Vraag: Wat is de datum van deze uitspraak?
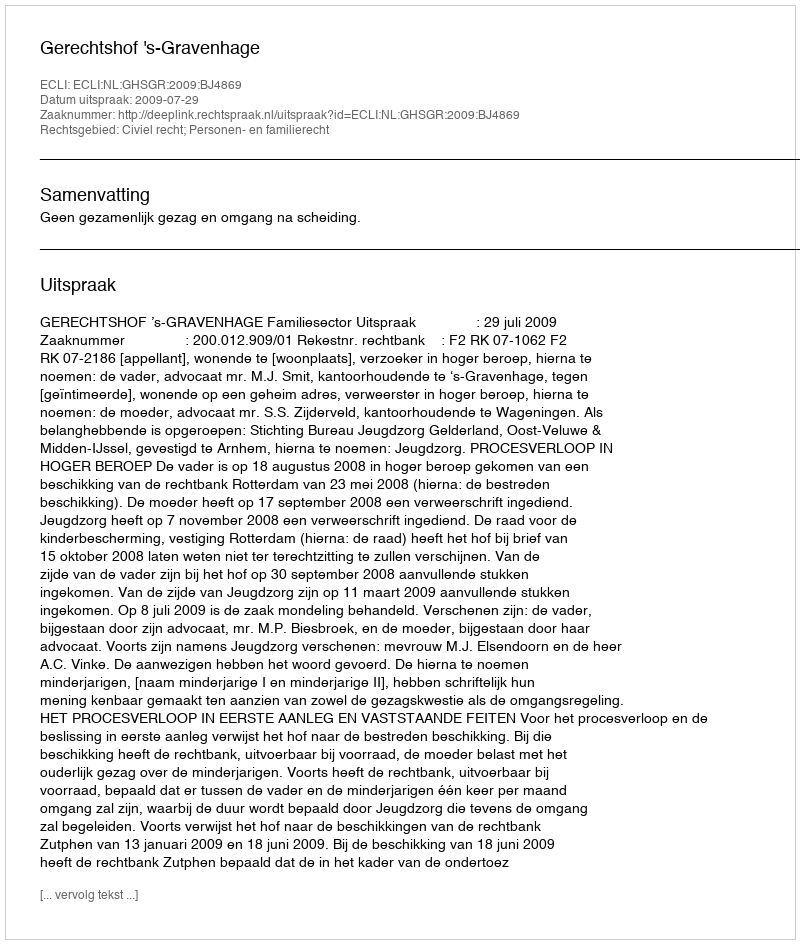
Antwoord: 2009-07-29